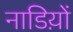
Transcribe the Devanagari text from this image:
नाडिय़ों